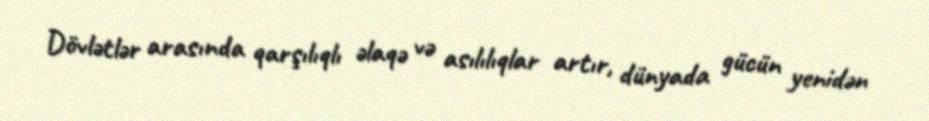
Dövlətlər arasında qarşılıqlı əlaqə və asılılıqlar artır, dünyada gücün yenidən